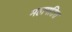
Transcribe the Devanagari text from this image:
महापतित